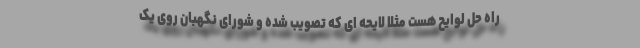
راه حل لوایح هست مثلا لایحه ای که تصویب شده و شورای نگهبان روی یک